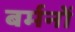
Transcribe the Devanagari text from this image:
बर्मनों